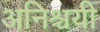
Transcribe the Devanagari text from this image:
अनिश्चयी